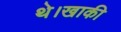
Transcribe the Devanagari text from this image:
थे।खाकी